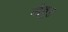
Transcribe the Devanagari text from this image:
मेवुड